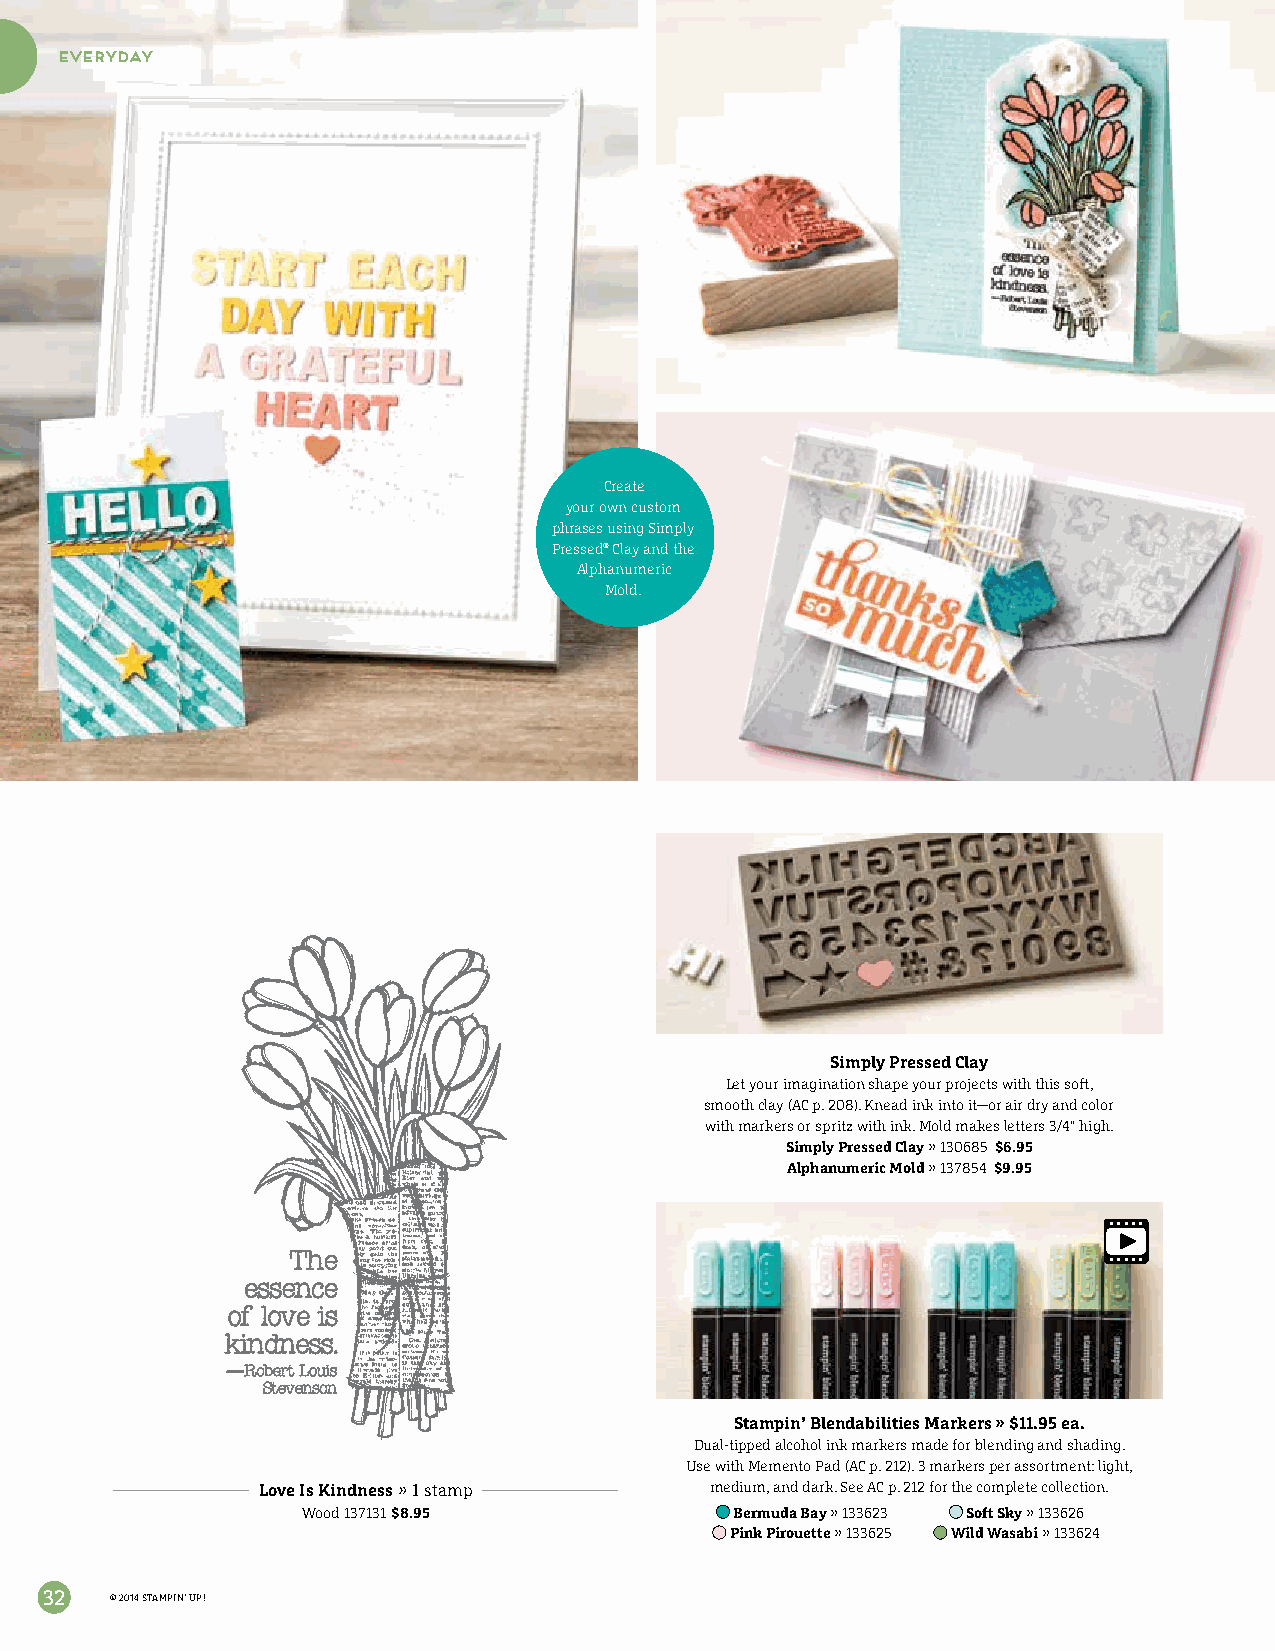
everyday
 Create
 your own custom
 phrases using Simply
 Pressed® Clay and the
 Alphanumeric
 Mold.
 Simply Pressed Clay
 Let your imagination shape your projects with this soft,
 smooth clay (AC p. 208). Knead ink into it—or air dry and color
 with markers or spritz with ink. Mold makes letters 3/4" high.
 Simply Pressed Clay » 130685 $6.95
 Alphanumeric Mold » 137854 $9.95
 Stampin’ Blendabilities Markers » $11.95 ea.
 Dual-tipped alcohol ink markers made for blending and shading.
 Use with Memento Pad (AC p. 212). 3 markers per assortment: light,
 Love Is Kindness » 1 stamp    medium, and dark. See AC p. 212 for the complete collection.
 Wood 137131 $8.95            Bermuda Bay » 133623 Soft Sky » 133626
 Pink Pirouette » 133625 Wild Wasabi » 133624
 32  © 2014 STAMPIN’ UP!